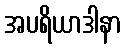
အပရိယာဒါနာ